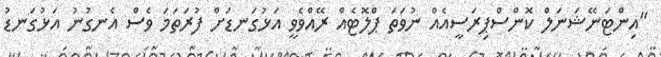
"އިންޓަނޭޝަނަލް ކޮންސްޕިރަސީއެއް ނުވަތަ ޕްލޮޓެއް ރޭއްވެވީ އަޅުގަނޑަށް ފުރަތަމަ ވެސް އެނގުނު އަޅުގަނޑު